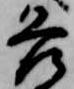
各